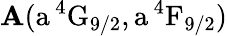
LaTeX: \mathbf{A}(\mathrm{{a\, ^{4}G_{9/2},a\, ^{4}F_{9/2}}})